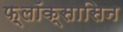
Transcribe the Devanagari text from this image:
फ़्लॉक्सासिन